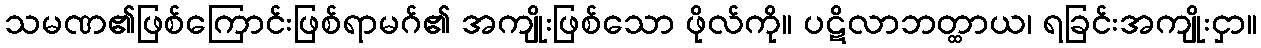
သမဏ၏ဖြစ်ကြောင်းဖြစ်ရာမဂ်၏ အကျိုးဖြစ်သော ဖိုလ်ကို။ ပဋိလာဘတ္ထာယ၊ ရခြင်းအကျိုးငှာ။